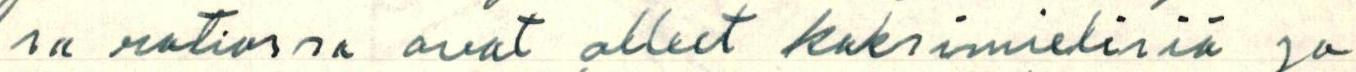
sa ratiossa ovat olleet kaksimielisiä ja